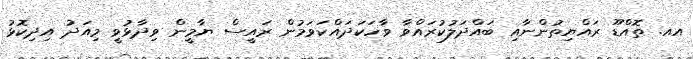
އއ. ތޮއްޑޫ ރައްޔިތުންނާއި ބައްދަލުކުރައްވާ ވާހަކަދައްކަވަމުން ރައީސް ޔާމީން ވިދާޅުވީ މިއަދު އިދިކޮޅު